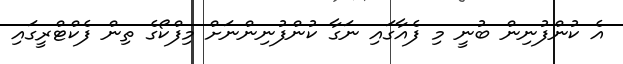
އެ ކުންފުނިން ބުނީ މި ފެއާގައި ނަގާ ކުންފުނިންނަށް މިފްކޯގެ ތިން ފެކްޓްރީގައި